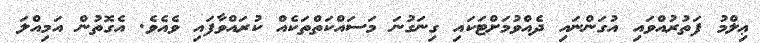
ޢިލްމު ފަތުރުއްވައި އުގަންނައި ދެއްވުމަށްޓަކައި ގިނަގުނަ މަސައްކަތްތަކެއް ކުރައްވާފައި ވެއެވެ. އެގޮތުން އަމިއްލަ